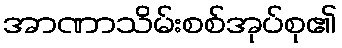
အာဏာသိမ်းစစ်အုပ်စု၏